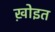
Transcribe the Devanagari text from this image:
ख़ोइत